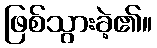
ဖြစ်သွားခဲ့၏။